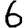
Digit: 6